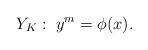
LaTeX: \begin{align*} Y_K: \; y^m =\phi(x). \end{align*}